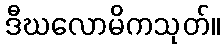
ဒီဃလောမိကသုတ်။